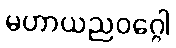
မဟာယညဝဂ္ဂေါ